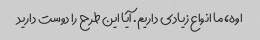
اوه، ما انواع زیادی داریم. آیا این طرح را دوست دارید